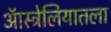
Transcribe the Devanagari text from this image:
ऑस्ट्रेलियातला